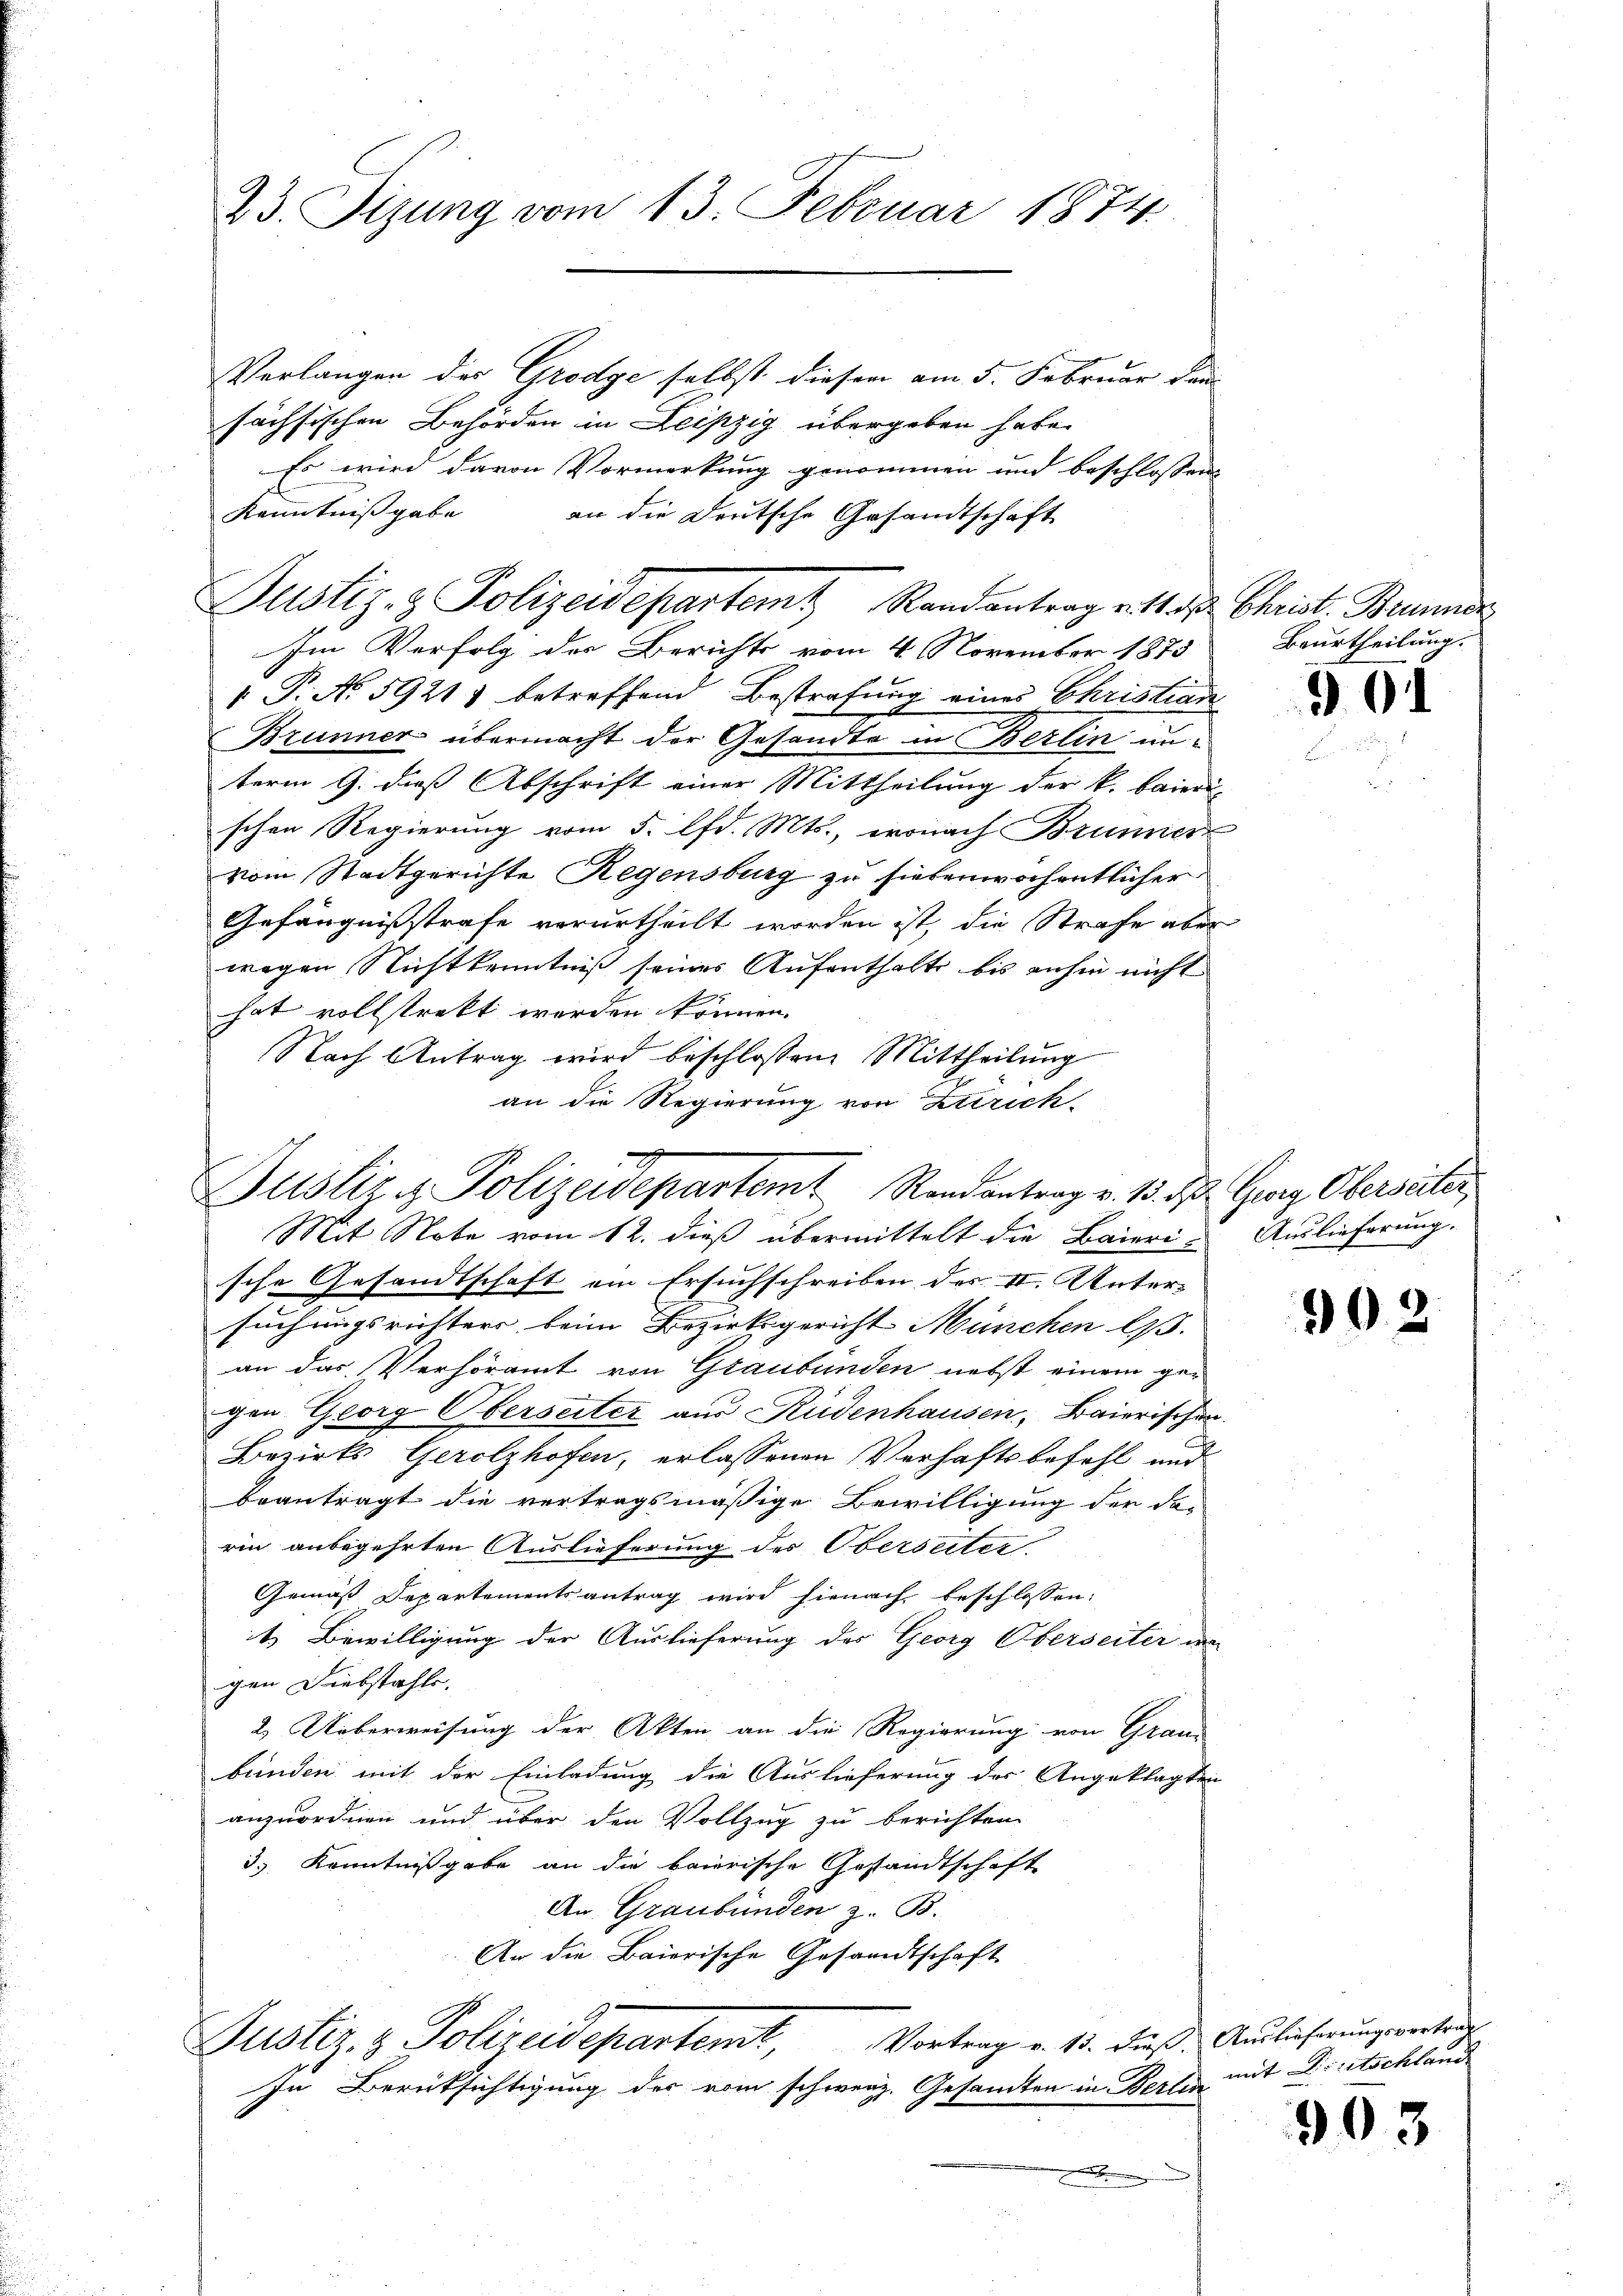
23. Sizung vom 13. Februar 1874.

Justiz- & Polizeidepartem Randantrag v. Mad. Christ. Brumms

Verlangen des Grodge selbst dieser am 5. Februar dan
sächsischen Behörden in Leipzig übergeben habe.
Es wird davon Vormerkung genommen und beschlossen
Kenntnißgabe
an die Deutsche Gesandtschaft
Im Verfolg der Berichts vom 4. November 1873
 P. N. 5921) betreffend Bestrafung eines Christian
Brunner übermacht der Gesandte in Berlin unterm 9. dies Abschrift einer Mittheilung der k. baieri-
schen Regierung vom 5. lfd. Mts., wonach Brunner
vom Stadtgerichte Regensburg zu siebenwochentlicher
Gefängnißstrafe verurtheilt worden ist, die Strafe aber
wegen Nichtkenntniß seines Aufenthalte bis anhin nicht
hat vollstrekt werden können.
Nach Antrag wird beschlossen. Mittheilung
an die Regierung von Zürich-

Justiz & Polizeidepartemt Randantrag v. 13. d. Georg Oberseiter

Mit Nobe vom 12. dieß übermittelt die Baieri- Auslieferung.
sche Gesandtschaft ein Ersuchschreiben des II. Unter-
suchungsrichters beim Bezirksgericht München l.
an das Verhöramt von Graubünden nebst einem gegen Georg Oberseiter aus Rüdenhausen, Baierischen
Bezirks Gerolzhofen, erlassenen Verhaftsbefehl und
beantragt die vertragsmäßige Bewilligung der da-
rin anbegehrten Auslieferung des Oberseiter.
Gemäß Departementsantrag wird hienach beschlossen:
t Bewilligung der Auslieferung des Georg Oberseiter in
gen Liebstahls.
2. Ueberweisung der Akten an die Regierung von Grau-
bünden mit der Einladung die Auslieferung des Angeklagten
anzuordnen und über den Vollzug zu berichten
3 Kenntnißgabe an die baierische Gestandtschaft
An Graubünden z. B.
An die Baierische Gesandtschaft
Justiz & Polizeidepartent, Vortrag v. 11. dieß. Auslicherungsvertrag
In Berücksichtigung der vom schweiz. Gesamten in Berlin mit Dreitschland
x

Beurtheilung.

3

.

90. 2

903